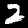
Digit: 2